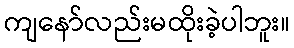
ကျနော်လည်းမထိုးခဲ့ပါဘူး။